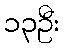
၁၃ဦး